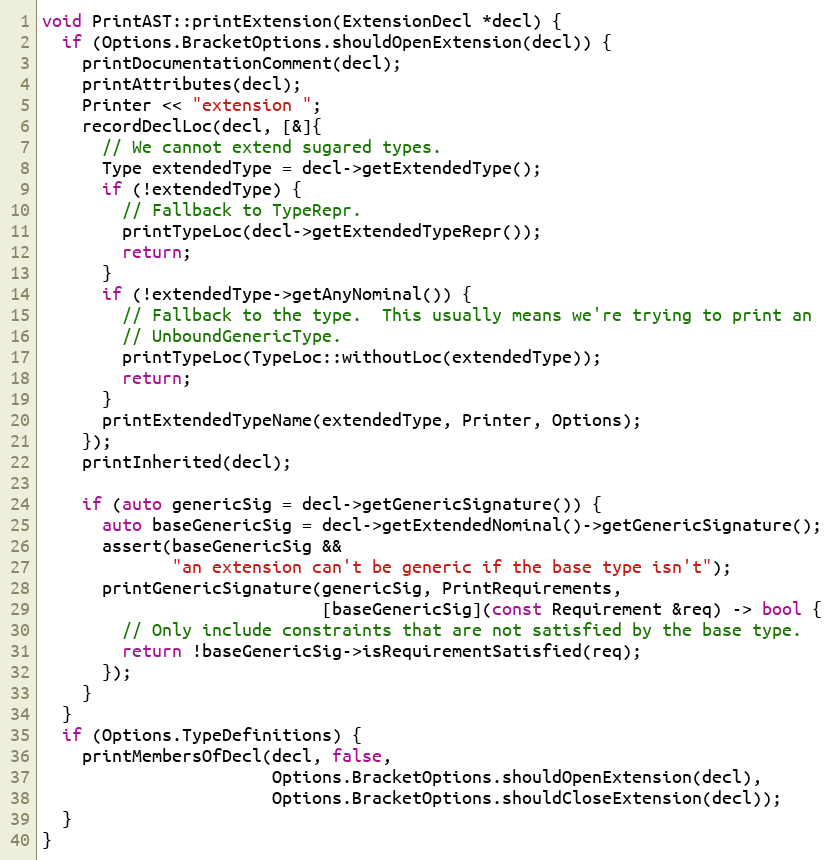
Language: C++
void PrintAST::printExtension(ExtensionDecl *decl) {
  if (Options.BracketOptions.shouldOpenExtension(decl)) {
    printDocumentationComment(decl);
    printAttributes(decl);
    Printer << "extension ";
    recordDeclLoc(decl, [&]{
      // We cannot extend sugared types.
      Type extendedType = decl->getExtendedType();
      if (!extendedType) {
        // Fallback to TypeRepr.
        printTypeLoc(decl->getExtendedTypeRepr());
        return;
      }
      if (!extendedType->getAnyNominal()) {
        // Fallback to the type.  This usually means we're trying to print an
        // UnboundGenericType.
        printTypeLoc(TypeLoc::withoutLoc(extendedType));
        return;
      }
      printExtendedTypeName(extendedType, Printer, Options);
    });
    printInherited(decl);

    if (auto genericSig = decl->getGenericSignature()) {
      auto baseGenericSig = decl->getExtendedNominal()->getGenericSignature();
      assert(baseGenericSig &&
             "an extension can't be generic if the base type isn't");
      printGenericSignature(genericSig, PrintRequirements,
                            [baseGenericSig](const Requirement &req) -> bool {
        // Only include constraints that are not satisfied by the base type.
        return !baseGenericSig->isRequirementSatisfied(req);
      });
    }
  }
  if (Options.TypeDefinitions) {
    printMembersOfDecl(decl, false,
                       Options.BracketOptions.shouldOpenExtension(decl),
                       Options.BracketOptions.shouldCloseExtension(decl));
  }
}